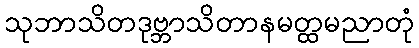
သုဘာသိတဒုဗ္ဘာသိတာနမတ္ထမညာတုံ